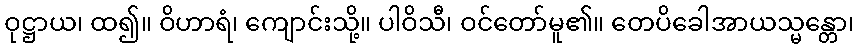
ဝုဋ္ဌာယ၊ ထ၍။ ဝိဟာရံ၊ ကျောင်းသို့။ ပါဝိသီ၊ ဝင်တော်မူ၏။ တေပိခေါအာယသ္မန္တော၊